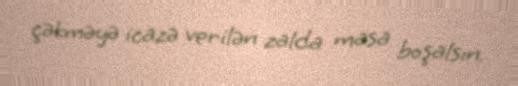
çəkməyə icazə verilən zalda masa boşalsın.